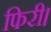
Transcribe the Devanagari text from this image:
फिरी।